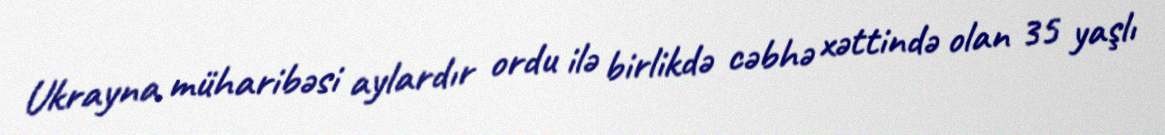
Ukrayna müharibəsi aylardır ordu ilə birlikdə cəbhə xəttində olan 35 yaşlı